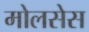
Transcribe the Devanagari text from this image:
मोलसेस